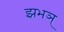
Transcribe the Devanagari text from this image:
झभञ्